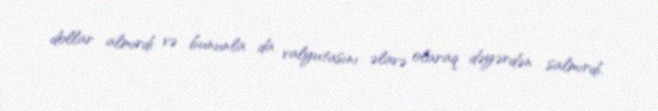
dollar almırdı və bununla da valyutasını əlavə olaraq dəyərdən salmırdı.